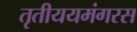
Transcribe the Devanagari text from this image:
तृतीययमंगरस